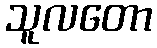
သူလတော